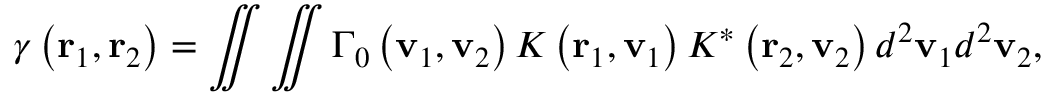
\gamma \left( { \bf { r } } _ { 1 } , { \bf { r } } _ { 2 } \right) = \iint { \iint { { { \Gamma } _ { 0 } } \left( { \bf { v } } _ { 1 } , { \bf { v } } _ { 2 } \right) K \left( { \bf { r } } _ { 1 } , { \bf { v } } _ { 1 } \right) { { K } ^ { * } } \left( { \bf { r } } _ { 2 } , { \bf { v } } _ { 2 } \right) { { d } ^ { 2 } } { { \bf { v } } _ { 1 } } } { { d } ^ { 2 } } { { \bf { v } } _ { 2 } } } ,